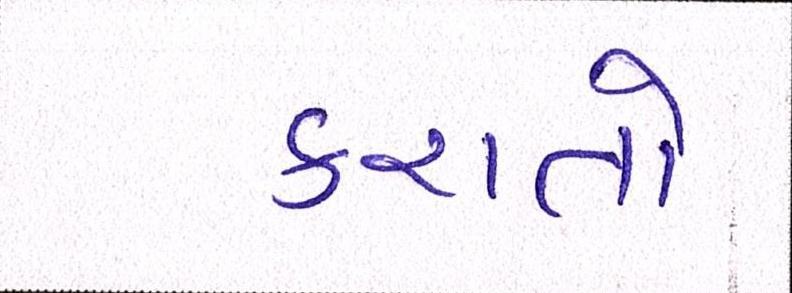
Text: કરાતો